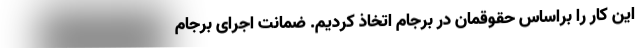
این کار را براساس حقوقمان در برجام اتخاذ کردیم. ضمانت اجرای برجام